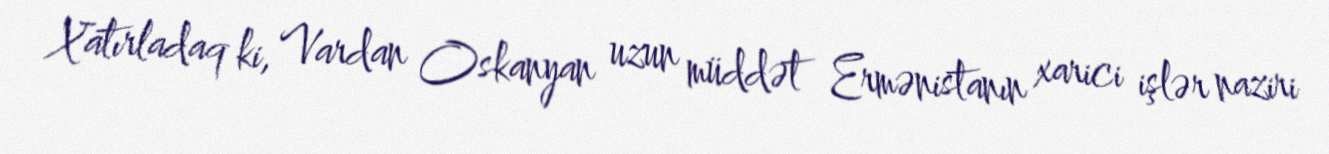
Xatırladaq ki, Vardan Oskanyan uzun müddət Ermənistanın xarici işlər naziri